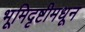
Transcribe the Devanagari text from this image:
भूमिदृष्टीमधून